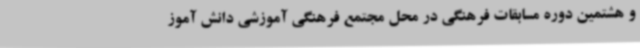
و هشتمین دوره مسابقات فرهنگی در محل مجتمع فرهنگی آموزشی دانش آموز